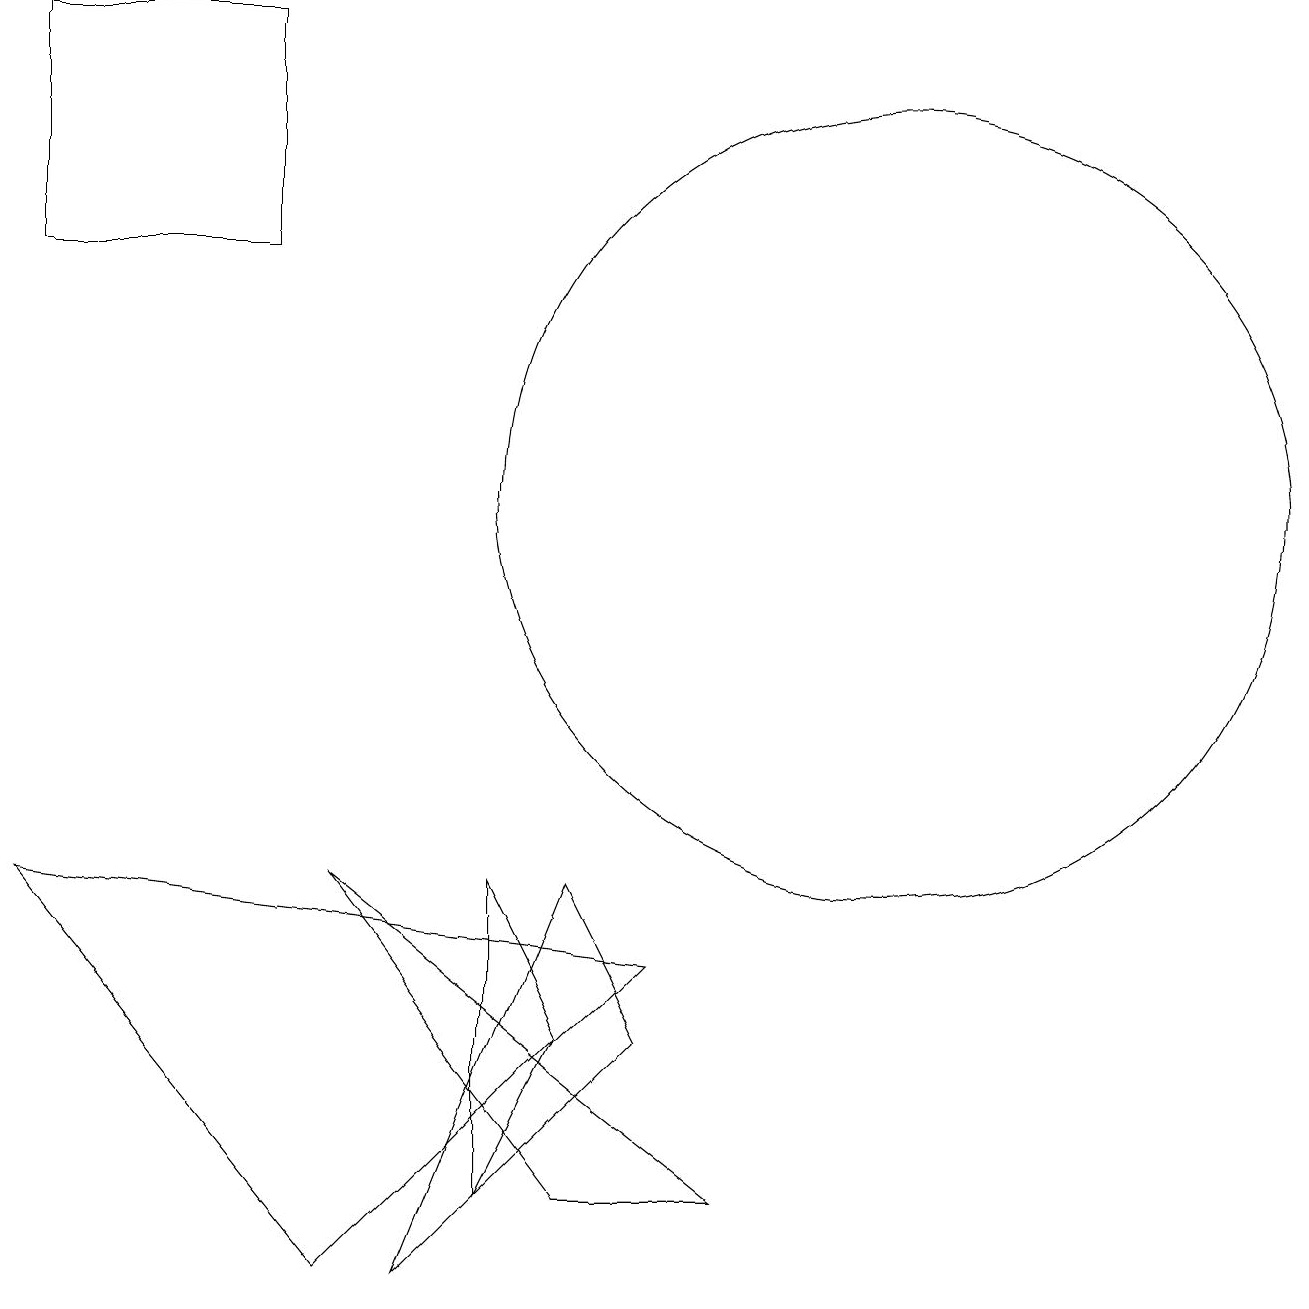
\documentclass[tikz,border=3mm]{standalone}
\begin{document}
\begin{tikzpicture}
\draw (9,1) -- (4,5) -- (7,1) -- cycle;
\draw (0,16) rectangle (3,13);
\draw (5,0) -- (8,3) -- (7,5) -- cycle;
\draw (6,1) -- (6,5) -- (7,3) -- cycle;
\draw (11,10) circle (5);
\draw (4,0) -- (0,5) -- (8,4) -- cycle;
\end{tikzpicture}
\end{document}